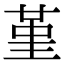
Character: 堇